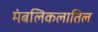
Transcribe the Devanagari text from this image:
मंबलिकलातिल